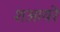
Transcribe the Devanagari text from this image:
शआयरे